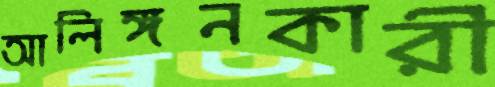
আলিঙ্গনকারী